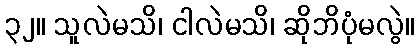
၃၂။ သူလဲမသိ၊ ငါလဲမသိ၊ ဆိုဘိပုံမလွဲ။